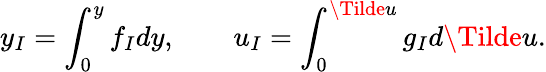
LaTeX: y_{I}=\int_{0}^{y}f_{I}dy,\quad\quad u_{I}=\int_{0}^{\Tilde{u}}g_{I}d\Tilde{u}.